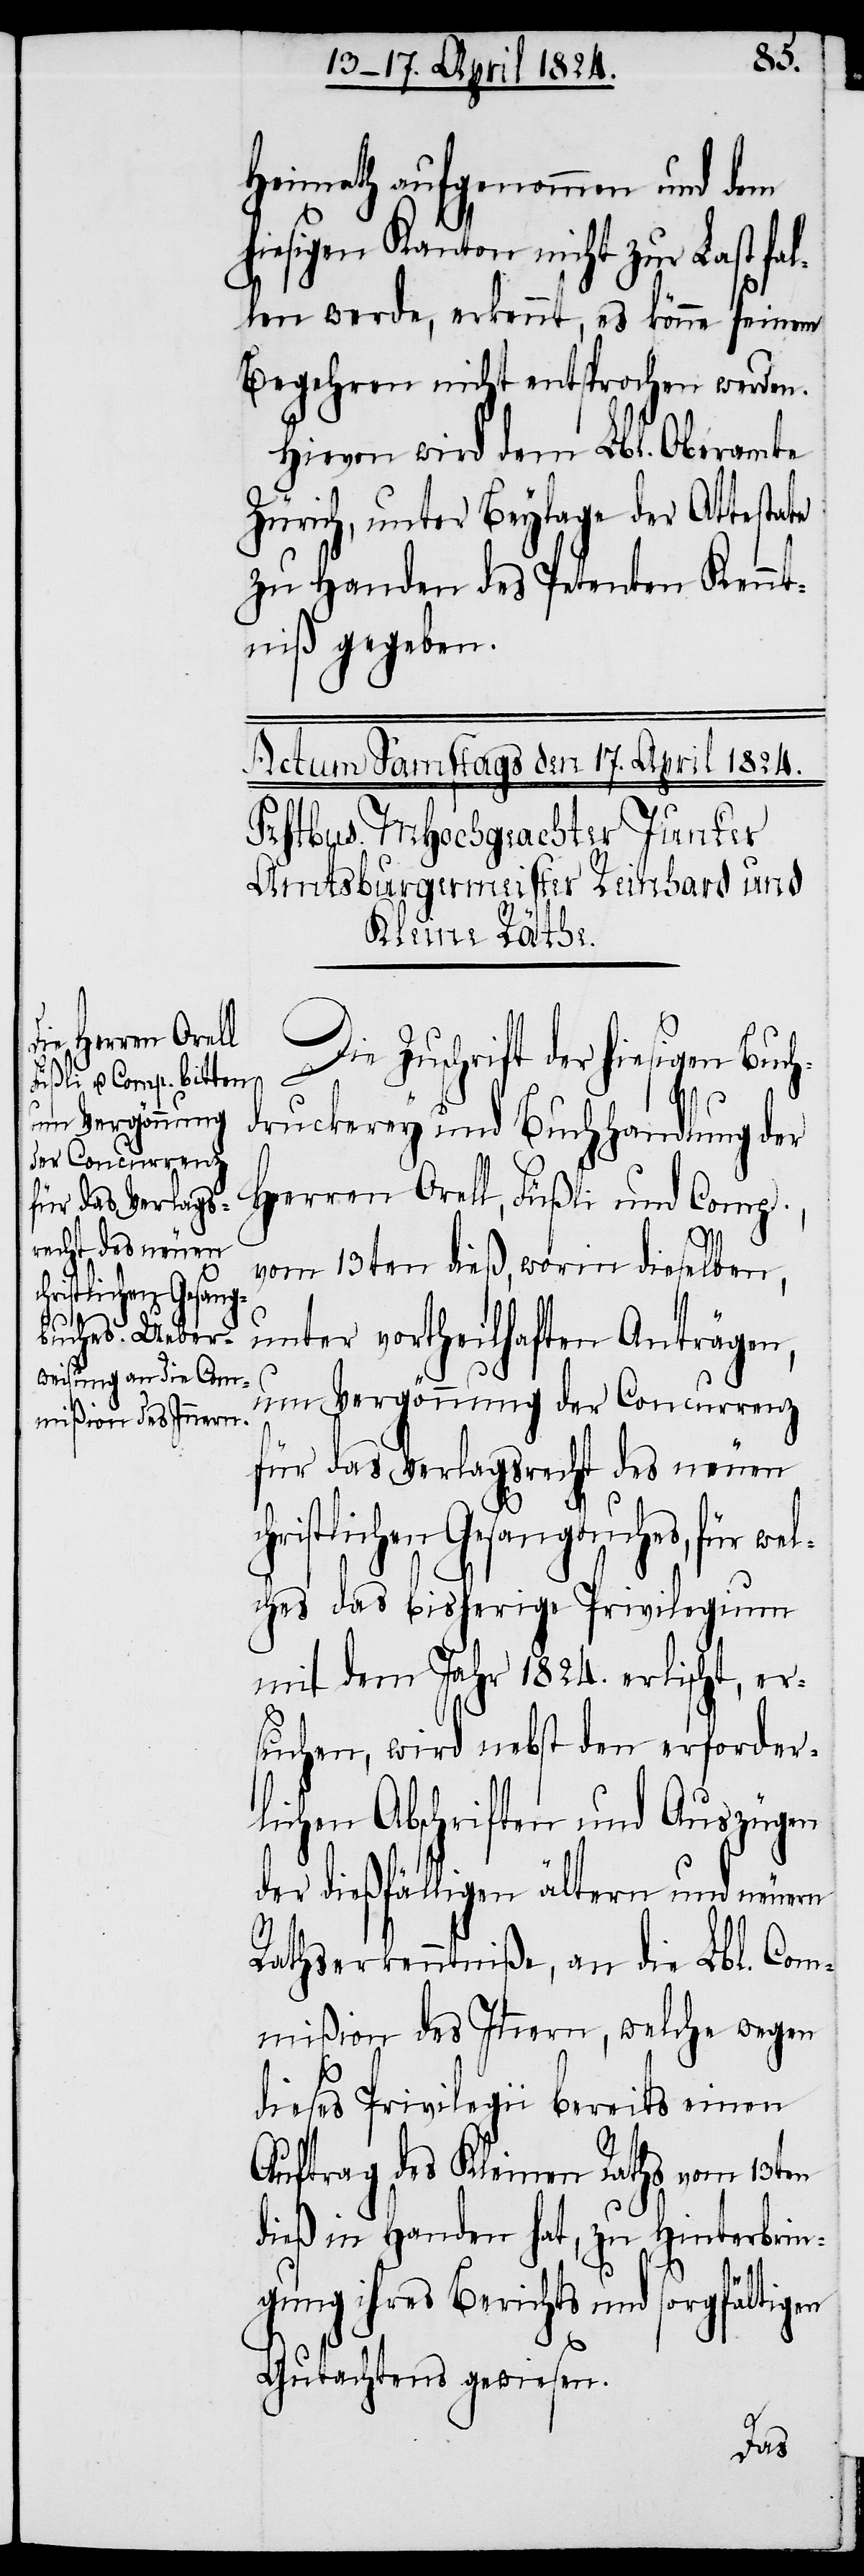
c¬
mißion des Innern,

Heimath aufgenommen und dem
hiesigen Kanton nicht zur Last fal¬
len werde, erkennt, es könne seinem
Begehren nicht entsprochen werden.
Hievon wird dem Lbl. Oberamte
Zürich, unter Beylage der Attestate
zu Handen des Petenten Kennt¬
niß gegeben.
Die Zuschrift der hiesigen Buc¬
druckerey und Buchhandlung der
Herren Orell, Füßli und Comp.,
vom 13ten dieß, worin dieselben,
unter vortheilhaften Anträgen,
um Vergönnung der Concurrenz
für das Verlagsrecht des neuen
hristlichen Gesangbuches, für we¬
lches das bisherige Privilegium
mit dem Jahr 1824. erlischt, er¬
suchen, wird nebst den erforder¬
lichen Abschriften und Auszügen
der diesfälligen ältern und neuern
Rathserkenntniße, an die Lbl. Com¬
dieses Privilegii bereits einen
Auftrag des Kleinen Raths vom 13ten
dieß in Handen hat, zu Hinterbrin¬
gung ihres Berichts und sorgfältigen
Gutachtens gewiesen.